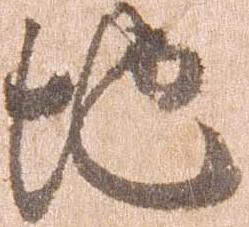
地